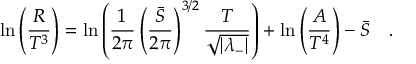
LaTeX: \ln \left( \frac { R } { T ^ { 3 } } \right) = \ln \left( \frac { 1 } { 2 \pi } \left( \frac { \bar { S } } { 2 \pi } \right) ^ { 3 / 2 } \frac { T } { \sqrt { | \lambda _ { - } | } } \right) + \ln \left( \frac { A } { T ^ { 4 } } \right) - \bar { S } \quad .